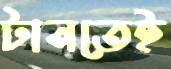
টানতেই